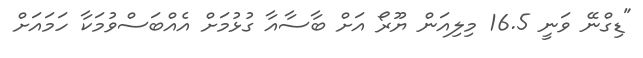
"ޑިގްނޭ ވަނީ 16.5 މިލިއަން ޔޫރޯ އަށް ބާސާއާ ގުޅުމަށް އެއްބަސްވުމަކާ ހަމައަށް